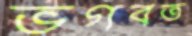
ভগবত